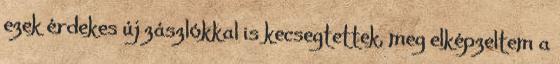
ezek érdekes új zászlókkal is kecsegtettek, meg elképzeltem a